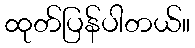
ထုတ်ပြန်ပါတယ်။